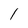
Character: I